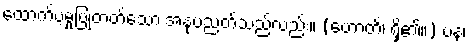
ထောက်ပံ့မှုပြုတတ်သော အနုပညတ်သည်လည်း။ (ဟောတိ၊ ရှိ၏။) ပန၊